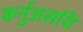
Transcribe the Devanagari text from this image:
कर्नुअसथि